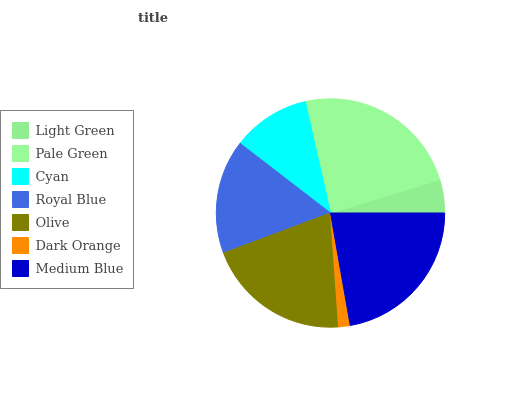
| Light Green | Pale Green | Cyan | Royal Blue | Olive | Dark Orange | Medium Blue |
 | --- | --- | --- | --- | --- | --- | --- |
 | 4.71% | 23.9% | 11% | 16.1% | 20.4% | 1.64% | 22.3% |